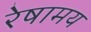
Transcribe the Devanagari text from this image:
रेषामय